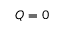
Q = 0